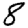
Digit: 8